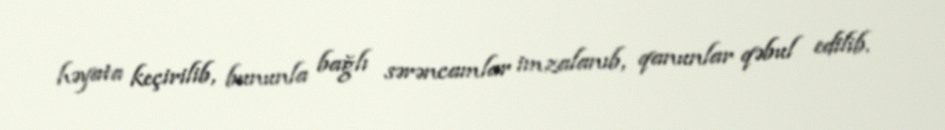
həyata keçirilib, bununla bağlı sərəncamlar imzalanıb, qanunlar qəbul edilib.